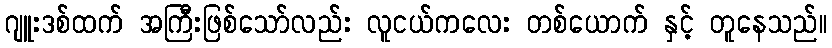
ဂျူးဒစ်ထက် အကြီးဖြစ်သော်လည်း လူငယ်ကလေး တစ်ယောက် နှင့် တူနေသည်။